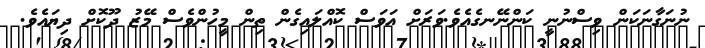
ނުނަގާނަކަން ވިސްނުނީ ކަންނޭނގެއެވެ.ވަރަށް އަވަސް ކޮއްލައިގެން ތިން މީހުންވެސް މޭޒު ދޫކޮށް ދިޔައެވެ.